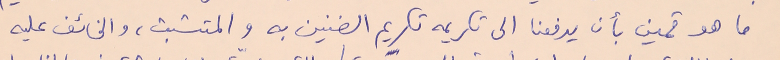
ما هو ثمين بأن يدفعنا الى تكريمه تكريم الضنين به والمتشبث، والخائف عليه